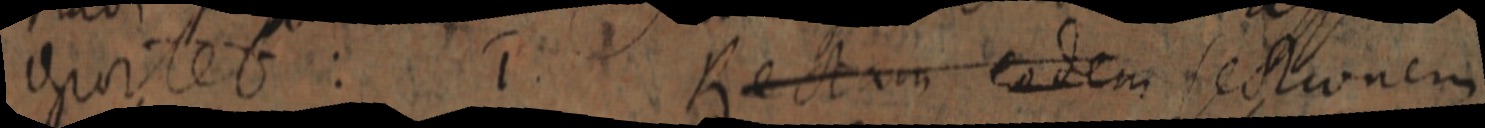
_tet : Rectam eodem sectionem